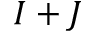
I + J